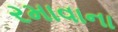
રમાવાના